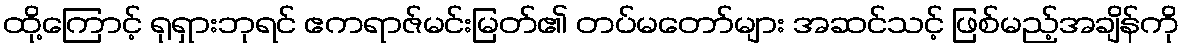
ထို့ကြောင့် ရုရှားဘုရင် ဧကရာဇ်မင်းမြတ်၏ တပ်မတော်များ အဆင်သင့် ဖြစ်မည့်အချိန်ကို